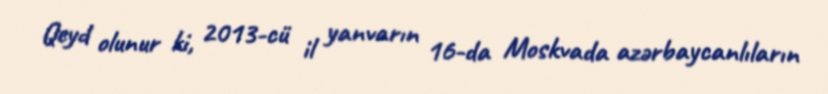
Qeyd olunur ki, 2013-cü il yanvarın 16-da Moskvada azərbaycanlıların